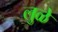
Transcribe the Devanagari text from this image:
लुळे